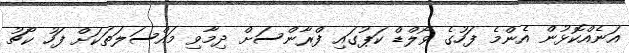
އަނެއްކޮޅުން އެންމެ ފަހުގެ ވޯލްޑް ކަޕުގައި ފްރާންސަށް ދިމާވި މައްސަލަތަކަށް ފަހު ކޯޗު